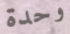
وحدة